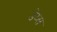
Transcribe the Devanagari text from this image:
डेय्स